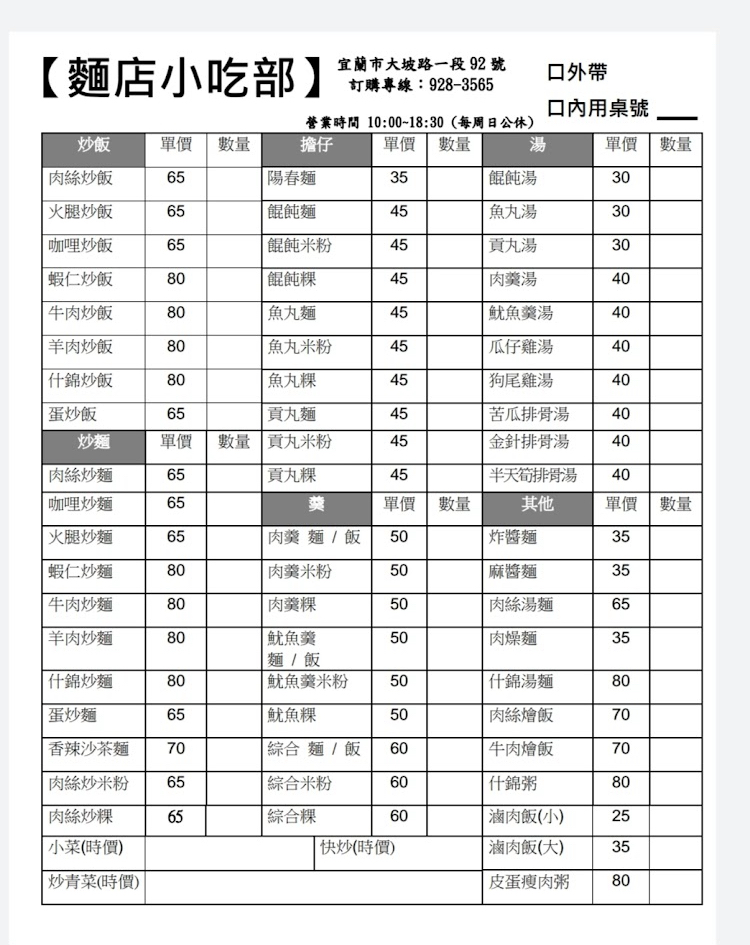
餐廳：麵店小吃部
地址：宜蘭市大坡路一段92號
電話：928-3565
營業時間：10:00~18:30(每周日公休)
菜單：
name: 肉絲炒飯
price: 65
name: 火腿炒飯
price: 65
name: 咖哩炒飯
price: 65
name: 蝦仁炒飯
price: 80
name: 牛肉炒飯
price: 80
name: 羊肉炒飯
price: 80
name: 什錦炒飯
price: 80
name: 蛋炒飯
price: 65
name: 陽春麵
price: 35
name: 餛飩麵
price: 45
name: 餛飩米粉
price: 45
name: 餛飩粿
price: 45
name: 魚丸麵
price: 45
name: 魚丸米粉
price: 45
name: 魚丸粿
price: 45
name: 貢丸麵
price: 45
name: 貢丸米粉
price: 45
name: 貢丸粿
price: 45
name: 餛飩湯
price: 30
name: 魚丸湯
price: 30
name: 貢丸湯
price: 30
name: 肉羹湯
price: 40
name: 魷魚羹湯
price: 40
name: 瓜仔雞湯
price: 40
name: 狗尾雞湯
price: 40
name: 苦瓜排骨湯
price: 40
name: 金針排骨湯
price: 40
name: 半天筍排骨湯
price: 40
name: 肉絲炒麵
price: 65
name: 咖哩炒麵
price: 65
name: 火腿炒麵
price: 65
name: 蝦仁炒麵
price: 80
name: 牛肉炒麵
price: 80
name: 羊肉炒麵
price: 80
name: 什錦炒麵
price: 80
name: 蛋炒麵
price: 65
name: 肉羹麵/飯
price: 50
name: 肉羹米粉
price: 50
name: 肉羹粿
price: 50
name: 魷魚羹麵/飯
price: 50
name: 魷魚羹米粉
price: 50
name: 魷魚羹粿
price: 50
name: 炸醬麵
price: 35
name: 麻醬麵
price: 35
name: 肉絲湯麵
price: 65
name: 肉燥麵
price: 35
name: 什錦湯麵
price: 80
name: 肉絲燴飯
price: 70
name: 牛肉燴飯
price: 70
name: 什錦粥
price: 80
name: 皮蛋瘦肉粥
price: 80
name: 肉絲炒米粉
price: 65
name: 肉絲炒粿
price: 65
name: 香辣沙茶麵
price: 70
name: 綜合麵/飯
price: 60
name: 綜合米粉
price: 60
name: 綜合粿
price: 60
name: 滷肉飯(小)
price: 25
name: 滷肉飯(大)
price: 35
name: 小菜
price: -1
name: 快炒
price: -1
name: 炒青菜
price: -1